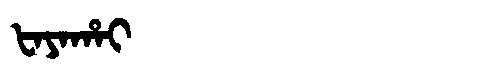
Manchu: ᡶᠠᠶᠠᡥᠠᡳ
Romanization: FAYAHAI